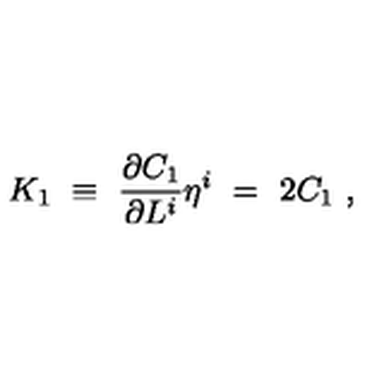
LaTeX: K _ { 1 } \ \equiv \ \frac { \partial C _ { 1 } } { \partial L ^ { i } } \eta ^ { i } \ = \ 2 C _ { 1 } \ ,